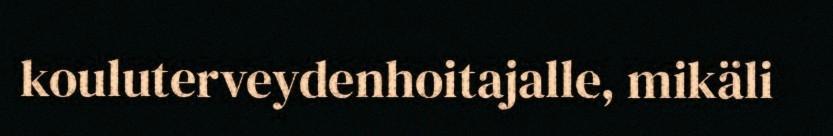
kouluterveydenhoitajalle, mikäli